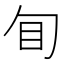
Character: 䀏